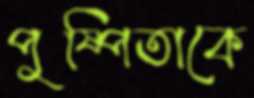
পুষ্পিতাকে